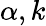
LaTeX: \alpha,k